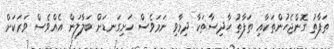
ތަފާތު ގޮންޖެހުންތަކާއި ތަފާތު ހާދިސާތަކާ ދިމާވި ނަމަވެސް ހަށިގަނޑަށް ބަލާލަން އެއްވެސް ވަރަކަށް